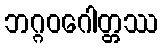
ဘဂ္ဂဝဂေါတ္တဿ